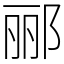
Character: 郦